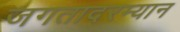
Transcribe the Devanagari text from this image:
जगतादरम्यान